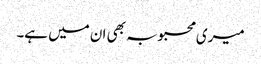
میری محبوبہ بھی ان میں ہے۔